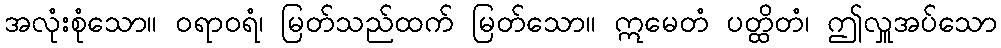
အလုံးစုံသော။ ဝရာဝရံ၊ မြတ်သည်ထက် မြတ်သော။ ဣမေတံ ပတ္ထိတံ၊ ဤလှူအပ်သော